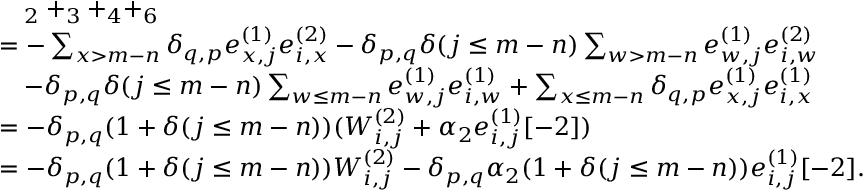
\begin{array} { r l } & { \quad _ { 2 } + _ { 3 } + _ { 4 } + _ { 6 } } \\ & { = - \sum _ { x > m - n } \delta _ { q , p } e _ { x , j } ^ { ( 1 ) } e _ { i , x } ^ { ( 2 ) } - \delta _ { p , q } \delta ( j \leq m - n ) \sum _ { w > m - n } e _ { w , j } ^ { ( 1 ) } e _ { i , w } ^ { ( 2 ) } } \\ & { \quad - \delta _ { p , q } \delta ( j \leq m - n ) \sum _ { w \leq m - n } e _ { w , j } ^ { ( 1 ) } e _ { i , w } ^ { ( 1 ) } + \sum _ { x \leq m - n } \delta _ { q , p } e _ { x , j } ^ { ( 1 ) } e _ { i , x } ^ { ( 1 ) } } \\ & { = - \delta _ { p , q } ( 1 + \delta ( j \leq m - n ) ) ( W _ { i , j } ^ { ( 2 ) } + \alpha _ { 2 } e _ { i , j } ^ { ( 1 ) } [ - 2 ] ) } \\ & { = - \delta _ { p , q } ( 1 + \delta ( j \leq m - n ) ) W _ { i , j } ^ { ( 2 ) } - \delta _ { p , q } \alpha _ { 2 } ( 1 + \delta ( j \leq m - n ) ) e _ { i , j } ^ { ( 1 ) } [ - 2 ] . } \end{array}